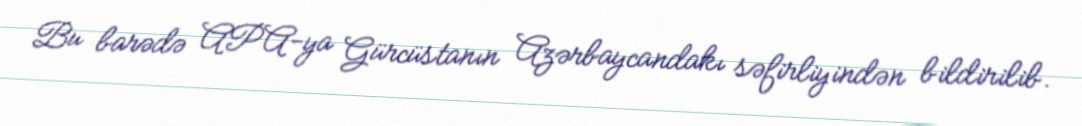
Bu barədə APA-ya Gürcüstanın Azərbaycandakı səfirliyindən bildirilib.